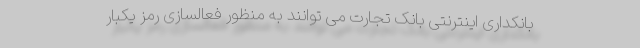
بانکداری اینترنتی بانک تجارت می توانند به منظور فعالسازی رمز یکبار